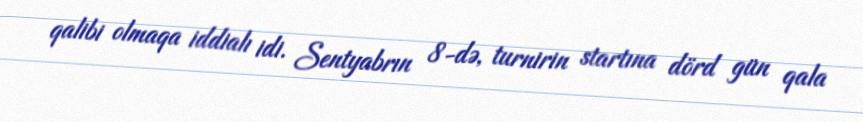
qalibi olmaqa iddialı idi. Sentyabrın 8-də, turnirin startına dörd gün qala